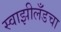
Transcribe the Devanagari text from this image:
स्वाझीलँडचा